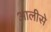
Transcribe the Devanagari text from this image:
आलीसे